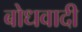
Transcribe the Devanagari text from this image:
बोधवादी